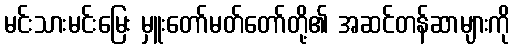
မင်းသားမင်းမြေး မှူးတော်မတ်တော်တို့၏ အဆင်တန်ဆာများကို